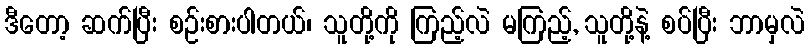
ဒီတော့ ဆက်ပြီး စဉ်းစားပါတယ်၊ သူတို့ကို ကြည့်လဲ မကြည့်, သူတို့နဲ့ စပ်ပြီး ဘာမှလဲ